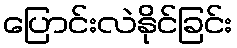
ပြောင်းလဲနိုင်ခြင်း